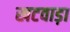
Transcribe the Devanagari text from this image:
खटवाड़ा